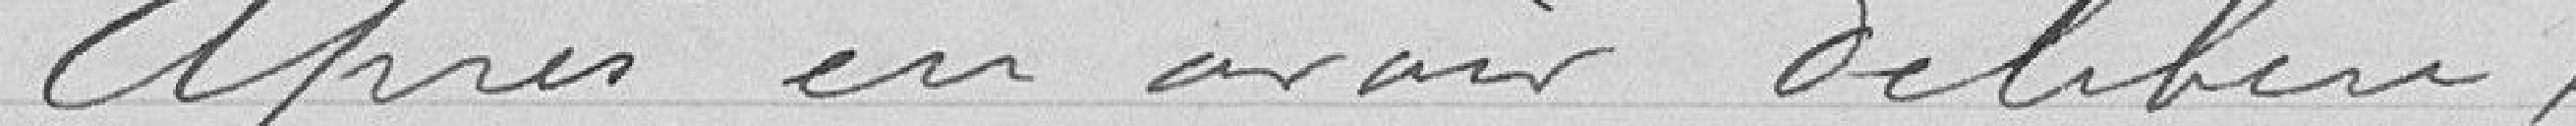
Après en avoir délibéré